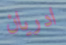
ادريان